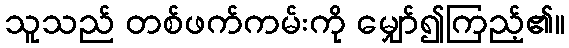
သူသည် တစ်ဖက်ကမ်းကို မျှော်၍ကြည့်၏။